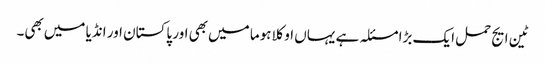
ٹین ایج حمل ایک بڑا مسئلہ ہے یہاں‌ اوکلاہوما میں‌بھی اور پاکستان اور انڈیا میں‌بھی۔